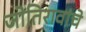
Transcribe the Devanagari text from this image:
जोतिरावांचे